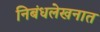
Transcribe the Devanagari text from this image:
निबंधलेखनात